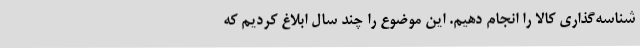
شناسه‌گذاری کالا را انجام دهیم. این موضوع را چند سال ابلاغ کردیم که